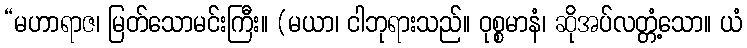
“မဟာရာဇ၊ မြတ်သောမင်းကြီး။ (မယာ၊ ငါဘုရားသည်။ ဝုစ္စမာနံ၊ ဆိုအပ်လတ္တံ့သော။ ယံ